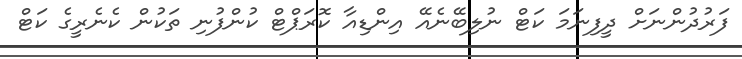
ފަރުދުންނަށް ދީފިނަމަ ކަޓް ނުލިބޭނެއޭ އިންޑިއާ ކޮރަޕްޓް ކުންފުނި ތަކުން ކެނެރީގެ ކަޓް